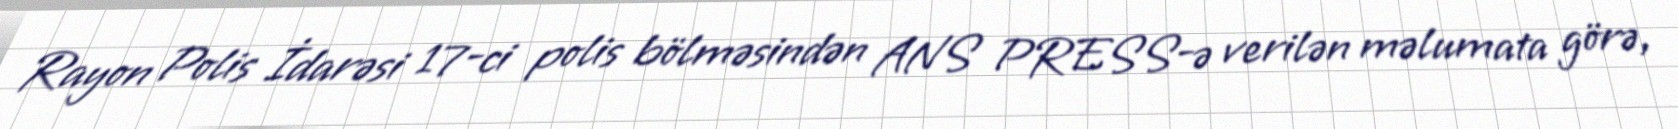
Rayon Polis İdarəsi 17-ci polis bölməsindən ANS PRESS-ə verilən məlumata görə,